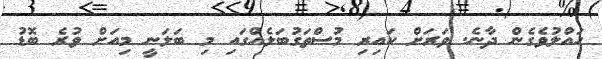
ހައްލުވެގެން ދާނެ. ވަރަށް ކައިރި މުސްތަގުބަލެއްގައި މި ބަލަނީ މިއަށް ވުރެ ބޮޑު